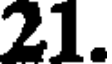
21.